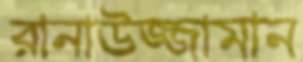
রানাউজ্জামান